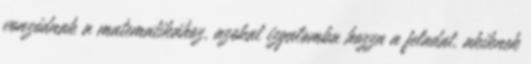
vonzódnak a matematikához, azokat izgalomba hozza a feladat, akiknek